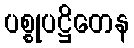
ပစ္စုပဋ္ဌိတေန